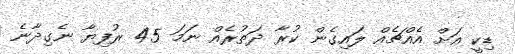
ޑިކީ އަށް އެއްޗެއް ލައިގެން ކުރާ ދަތުރެއް ނަމަ 45 ރުފިޔާ ނެގިދާނެ